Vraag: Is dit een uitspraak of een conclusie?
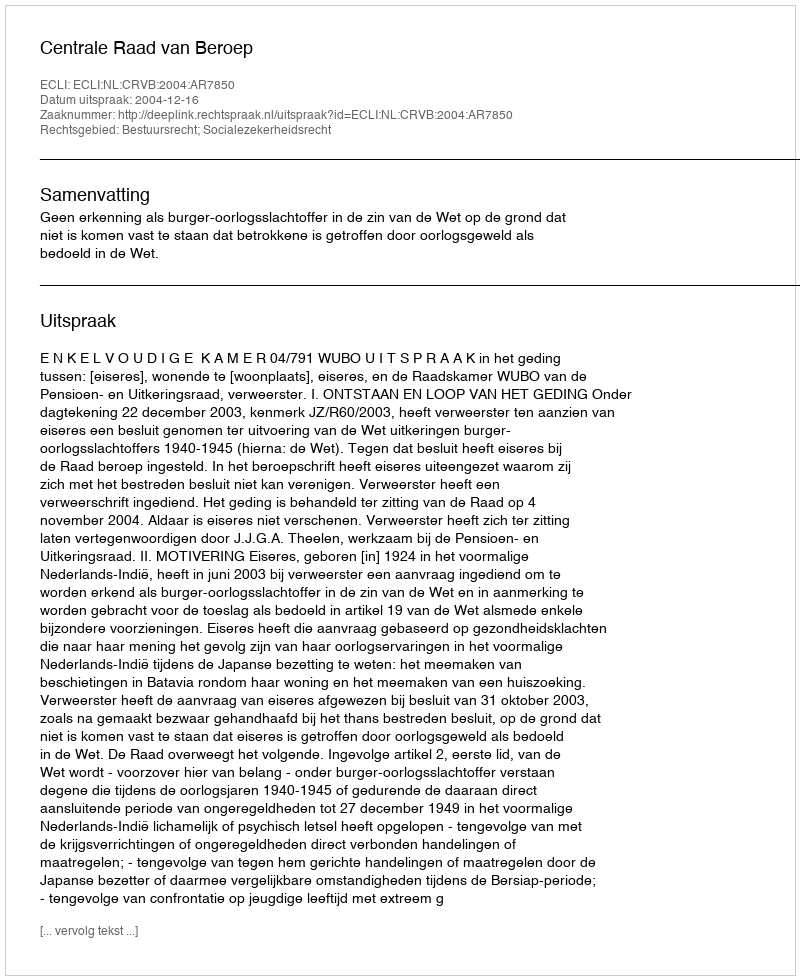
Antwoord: Uitspraak